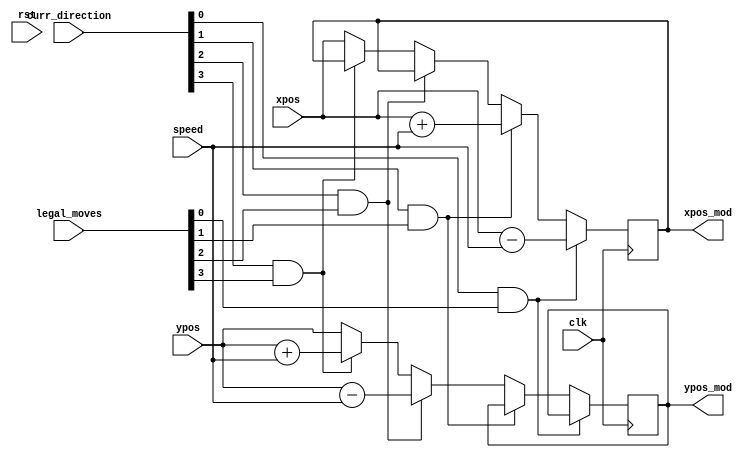
module position_modifier (
    input clk, 
    input rst, 
    input wire [9:0] xpos,
    input wire [9:0] ypos,
    input wire [3:0] legal_moves,
    input wire [3:0] curr_direction,
    input wire [7:0] speed,
    output reg [9:0] xpos_mod,
    output reg [9:0] ypos_mod
);
    
    
    always@(posedge clk) begin 
        // left 
        if (curr_direction[0] && legal_moves[0])
            xpos_mod <= xpos - speed;
        // right
        else if (curr_direction[1] && legal_moves[1])
            xpos_mod <= xpos + speed;
        // up 
        else if (curr_direction[2] && legal_moves[2])
            ypos_mod <= ypos - speed;
        // down 
        else if (curr_direction[3] && legal_moves[3])
            ypos_mod <= ypos + speed;
        else begin
            xpos_mod <= xpos;
            ypos_mod <= ypos;
        end
    end

endmodule